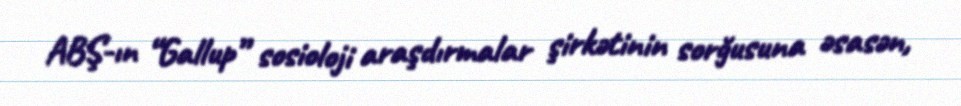
ABŞ-ın “Gallup” sosioloji araşdırmalar şirkətinin sorğusuna əsasən,